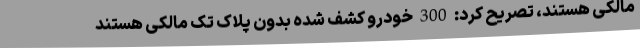
مالکی هستند، تصریح کرد: 300 خودرو کشف شده بدون پلاک تک مالکی هستند